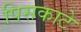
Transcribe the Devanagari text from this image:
पिसकाटे